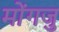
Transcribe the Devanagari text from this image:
मोंगजु